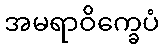
အမရာဝိက္ခေပံ